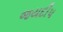
જયદીપ